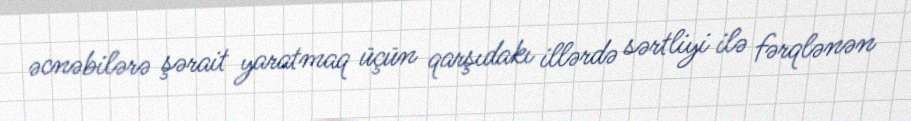
əcnəbilərə şərait yaratmaq üçün qarşıdakı illərdə sərtliyi ilə fərqlənən